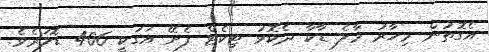
އެގޮތުން މިހާރު މާލެ ޑާކާ ދެކޮޅު ޓިކެޓް ފެށޭ އަގަކީ 406 ޑޮލަރެވެ.